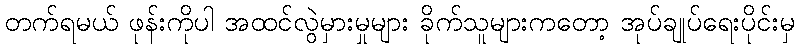
တက်ရမယ် ဖုန်းကိုပါ အထင်လွဲမှားမှုများ ခိုက်သူများကတော့ အုပ်ချုပ်ရေးပိုင်းမှ